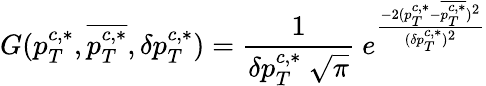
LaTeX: G(p_{T}^{c,\ast},{\overline{{{p_{T}^{c,\ast}}}}},\delta p_{T}^{c,\ast})={\frac{1}{\delta p_{T}^{c,\ast}\ \sqrt{\pi}}}\ e^{{\frac{-2(p_{T}^{c,\ast}-{\overline{{{p_{T}^{c,\ast}}}}})^{2}}{(\delta p_{T}^{c,\ast})^{2}}}}